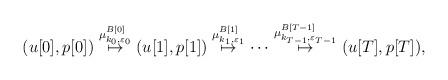
LaTeX: \begin{align*}(u[0],p[0])\buildrel \mu^{B[0]}_{k_0,\varepsilon_0} \over \mapsto(u[1],p[1])\buildrel \mu^{B[1]}_{k_1,\varepsilon_1} \over \mapsto\cdots\buildrel \mu^{B[T-1]}_{k_{T-1},\varepsilon_{T-1}} \over \mapsto(u[T],p[T]),\end{align*}